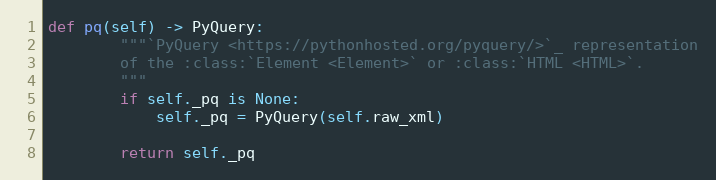
Language: Python
def pq(self) -> PyQuery:
        """`PyQuery <https://pythonhosted.org/pyquery/>`_ representation
        of the :class:`Element <Element>` or :class:`HTML <HTML>`.
        """
        if self._pq is None:
            self._pq = PyQuery(self.raw_xml)

        return self._pq